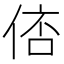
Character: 𠊑